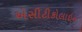
એસીટીકોલાઇન